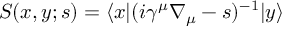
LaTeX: S ( x , y ; s ) = \langle x | ( i \gamma ^ { \mu } \nabla _ { \mu } - s ) ^ { - 1 } | y \rangle